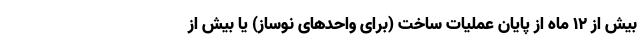
بیش از ۱۲ ماه از پایان عملیات ساخت (برای واحد‌های نوساز) یا بیش از